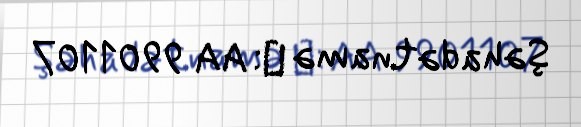
Şəhadətnamə №: AA 9901107